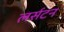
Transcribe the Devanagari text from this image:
लर्सटन